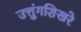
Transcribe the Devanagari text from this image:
उत्तुंगशिखरे